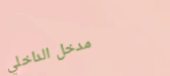
مدخل الداخلي